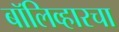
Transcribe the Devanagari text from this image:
बॉलिव्हारचा